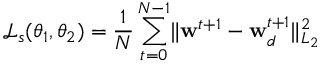
\mathcal { L } _ { s } ( \boldsymbol { \theta } _ { 1 } , \boldsymbol { \theta } _ { 2 } ) = \frac { 1 } { N } \sum _ { t = 0 } ^ { N - 1 } \lVert \mathbf { w } ^ { t + 1 } - \mathbf { w } _ { d } ^ { t + 1 } \rVert _ { L _ { 2 } } ^ { 2 }